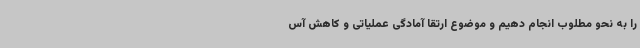
را به نحو مطلوب انجام دهیم و موضوع ارتقا آمادگی عملیاتی و کاهش آس